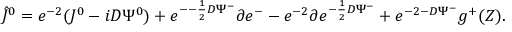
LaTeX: { \hat { J } } ^ { 0 } = e ^ { - 2 \L } ( J ^ { 0 } - i D \L \Psi ^ { 0 } ) + e ^ { - \L - { \frac { 1 } { 2 } } D \L \Psi ^ { - } } \partial e ^ { - \L } - e ^ { - 2 \L } \partial e ^ { - { \frac { 1 } { 2 } } D \L \Psi ^ { - } } + e ^ { - 2 \L - D \L \Psi ^ { - } } g ^ { + } ( Z ) .